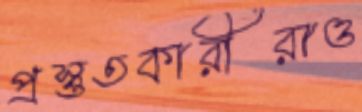
প্রস্তুতকারীরাও